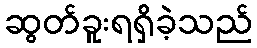
ဆွတ်ခူးရရှိခဲ့သည်